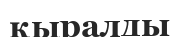
қыралды